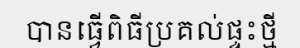
បានធ្វើពិធីប្រគល់ផ្ទះថ្មី